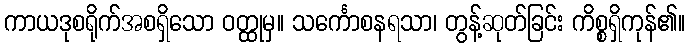
ကာယဒုစရိုက်အစရှိသော ဝတ္ထုမှ။ သင်္ကောစနရသာ၊ တွန့်ဆုတ်ခြင်း ကိစ္စရှိကုန်၏။